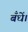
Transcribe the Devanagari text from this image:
बँधें।